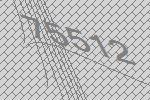
75512